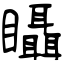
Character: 𥍉